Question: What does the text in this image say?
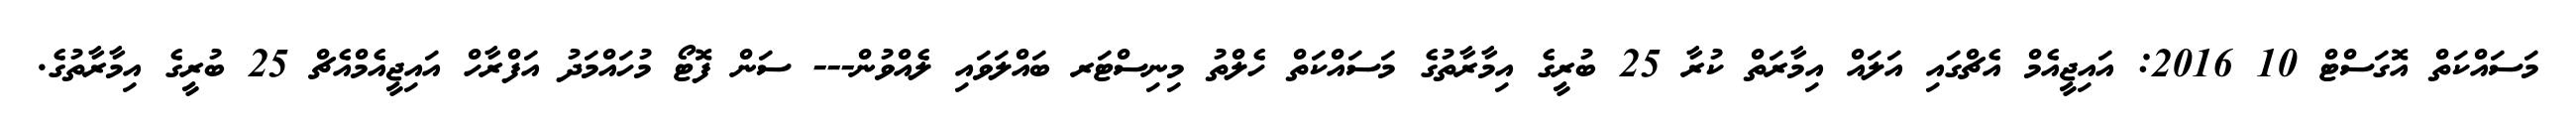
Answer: މަސައްކަތް އޮގަސްޓް 10 2016: އައިޖީއެމް އެޗްގައި އަލައް އިމާރަތް ކުރާ 25 ބުރީގެ އިމާރާތުގެ މަސައްކަތް ހެލްތު މިނިސްޓަރ ބައްލަވައި ލެއްވުން--- ސަން ފޮޓޯ މުހައްމަދު އަފްރާހް އައިޖީއެމްއެޗް 25 ބުރީގެ އިމާރާތުގެ.